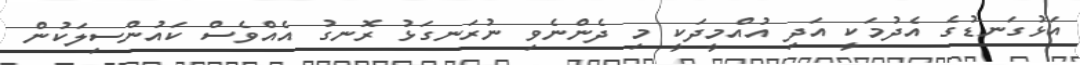
އަޅުގަނޑުގެ އެދުމަކީ އަދި އުއްމީދަކީ މި ދެންނެވި ނުރަނގަޅު ރޮނގު އެއްވެސް ކައުންސިލަކުން